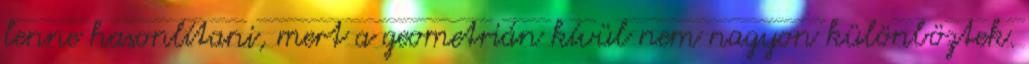
lenne hasonlítani, mert a geometrián kívül nem nagyon különböztek.